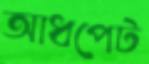
আধপেট